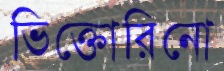
ভিক্তোরিনো